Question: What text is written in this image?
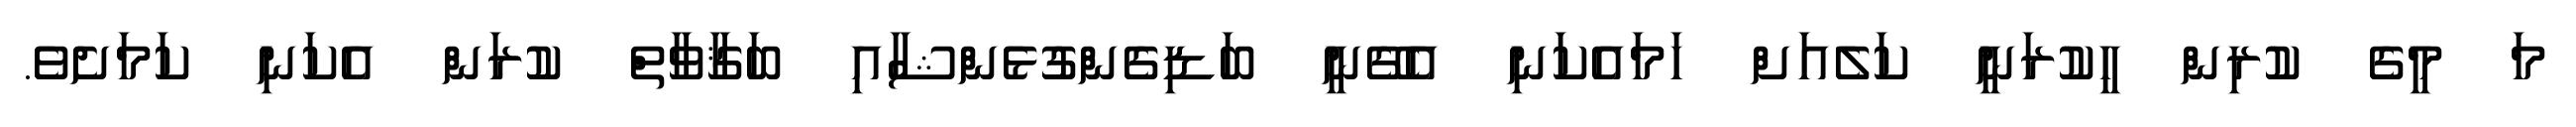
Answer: މަ މީގެ ކުރިން ހީކުރަނީ ކަލެއަށް ހަމައެކަނި އެގޭނީ ބަޑިގެންގުޅެންޝާއި ބަޤާވާތް ކުރަން އެކަނި ކަމަށެވެ.